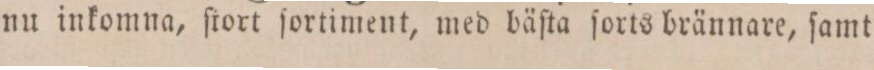
nu inkomna, ſtort ſortiment, med bäſta ſorts brännare, ſamt